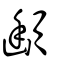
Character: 䫜